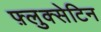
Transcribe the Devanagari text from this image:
फ़्लुक्सेटिन